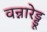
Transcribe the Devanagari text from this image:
वन्नारेड्डू